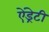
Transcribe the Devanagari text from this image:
ऐंड्रेटी